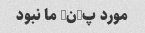
مورد پ-ن- ما نبود